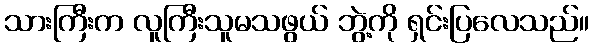
သားကြီးက လူကြီးသူမသဖွယ် ဘွဲ့ကို ရှင်းပြလေသည်။